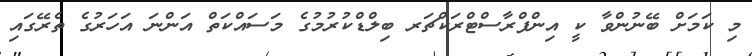
މި ކަމަށް ބޭނުންވާ ކީ އިންފްރާސްޓްރަކްޗަރ ބިލްޑްކުރުމުގެ މަސައްކަތް އަންނަ އަހަރުގެ ތެރޭގައި